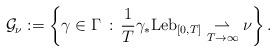
LaTeX: \begin{align*}\mathcal{G}_{\nu} := \left\{\gamma \in \Gamma\,:\,\frac{1}{T}\gamma_{*}\mathrm{Leb}_{[0,T]} \underset{T\to\infty}{\rightharpoonup} \nu\right\}.\end{align*}